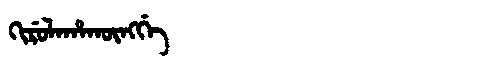
Manchu: ᡴᡳᡵᡠᠯᠠᡥᠠᡴᡡᠩᡤᡝ
Romanization: KIRULAHAKŪNGGE